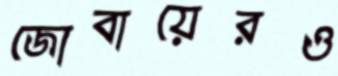
জোবায়েরও